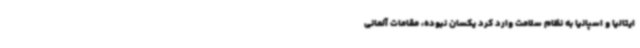
ایتالیا و اسپانیا به نظام سلامت وارد کرد یکسان نبوده، مقامات آلمانی